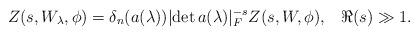
LaTeX: \begin{align*}\displaystyle Z(s,W_\lambda,\phi)=\delta_n(a(\lambda))\lvert \det a(\lambda)\rvert_F^{-s} Z(s,W,\phi),\;\;\; \Re(s)\gg 1.\end{align*}